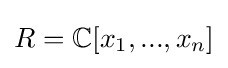
R=\mathbb {C} [x_{1},...,x_{n}]